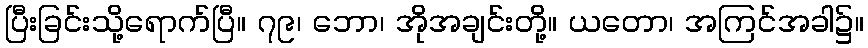
ပြီးခြင်းသို့ရောက်ပြီ။ ၇၉၊ ဘော၊ အိုအချင်းတို့။ ယတော၊ အကြင်အခါ၌။